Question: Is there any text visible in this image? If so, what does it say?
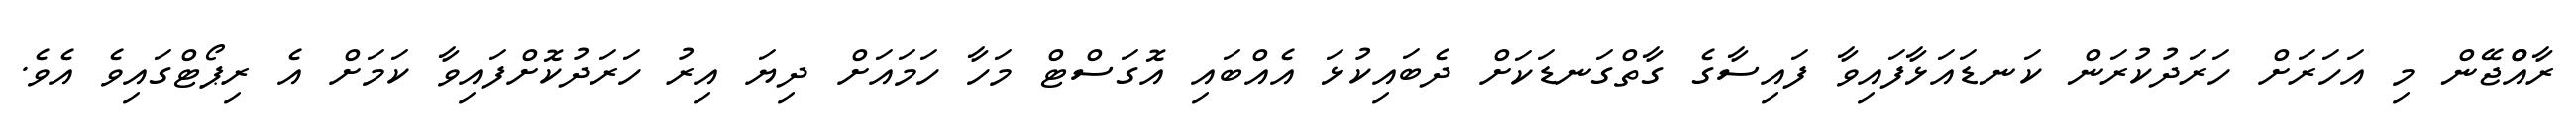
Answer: ރާއްްޖޭން މި އަހަރަށް ހަރަދުކުރަން ކަނޑައަޅާފައިވާ ފައިސާގެ ގާތްގަނޑަކަށް ދެބައިކުޅަ އެއްބައި އޮގަސްޓް މަހާ ހަމައަށް ދިޔަ އިރު ހަރަދުކޮށްފައިވާ ކަމަށް އެ ރިޕޯޓްގައިވެ އެވެ.